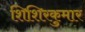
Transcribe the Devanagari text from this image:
शिशिरकुमार